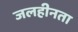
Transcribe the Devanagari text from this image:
जलहीनता